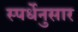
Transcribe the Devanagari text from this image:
स्पर्धेनुसार